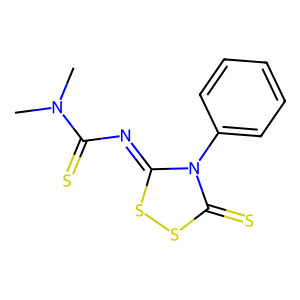
SMILES: CN(C)C(=S)N=c1ssc(=S)n1-c1ccccc1
Inhibits HIV replication: No